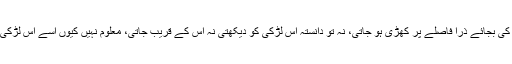
عین بس کے ٹائم پر اسٹاپ پر آ جاتی اور بینچ پر بیٹھنے کی بجائے ذرا فاصلے پر کھڑی ہو جاتی، نہ تو دانستہ اس لڑکی کو دیکھتی نہ اس کے قریب جاتی، معلوم نہیں کیوں اسے اس لڑکی سے اور اس کی کتاب سے خوف محسوس ہونے لگا تھا۔